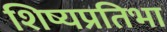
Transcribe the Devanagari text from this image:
शिष्यप्रतिभा